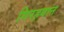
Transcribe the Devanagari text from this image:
गिरहबान